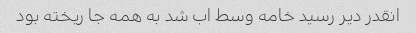
انقدر دیر رسید خامه وسط اب شد به همه جا ریخته بود